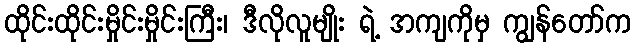
ထိုင်းထိုင်းမှိုင်းမှိုင်းကြီး၊ ဒီလိုလူမျိုး ရဲ့ အကျကိုမှ ကျွန်တော်က